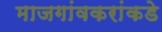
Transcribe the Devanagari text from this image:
माजगांवकरांकडे